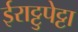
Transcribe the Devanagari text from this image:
ईराट्टुपेट्टा